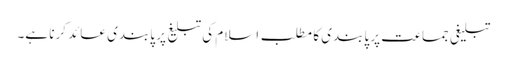
تبلیغی جماعت پر پابندی کا مطلب اسلام کی تبلیغ پر پابندی عائد کرنا ہے۔